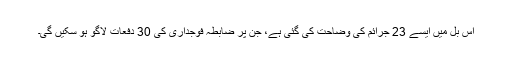
اس بل میں ایسے 23 جرائم کی وضاحت کی گئی ہے، جن پر ضابطہ فوجداری کی 30 دفعات لاگو ہو سکیں گی۔